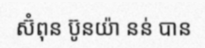
ស៊ំពុន ប៊ូនយ៉ា នន់ បាន